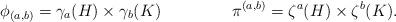
\begin{align*}\phi_{(a,b)} & = \gamma_a(H)\times \gamma_b(K) & \pi^{(a,b)} & = \zeta^a(H)\times \zeta^b(K).\end{align*}